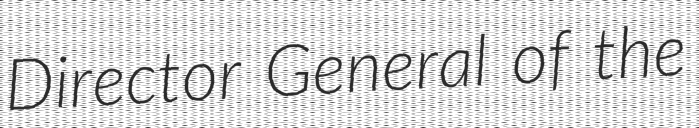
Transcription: Director General of the